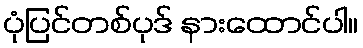
ပုံပြင်တစ်ပုဒ် နားထောင်ပါ။